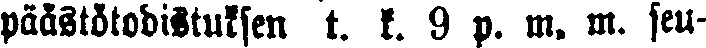
päästötodistuksen t. k. 9 p. m. m. seu-